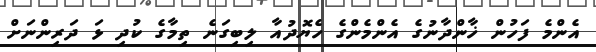
އެންމެ ފަހުން ޚާންދާނުގެ އެންމެންގެ ހެޔޮދުއާ ލިބިގަނެ ތިމާގެ ކުދި ޅަ ދަރިންނަށް